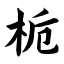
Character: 栀